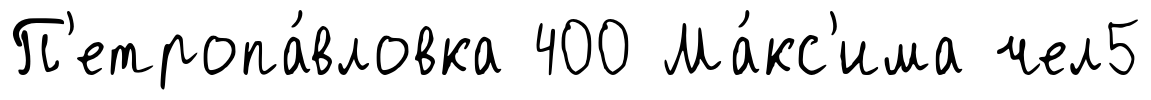
П'етропа́вловка 400 Ма́кс'има чел5